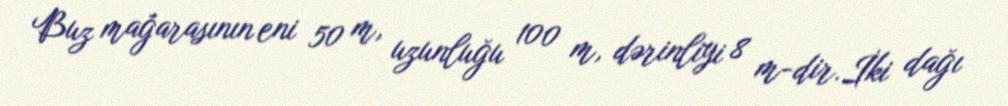
Buz mağarasının eni 50 m, uzunluğu 100 m, dərinliyi 8 m-dir.İki dağı